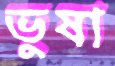
ভুষা